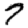
Digit: 7